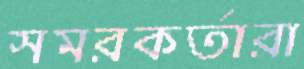
সমরকর্তারা